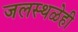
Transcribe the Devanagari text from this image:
जलस्थळेही